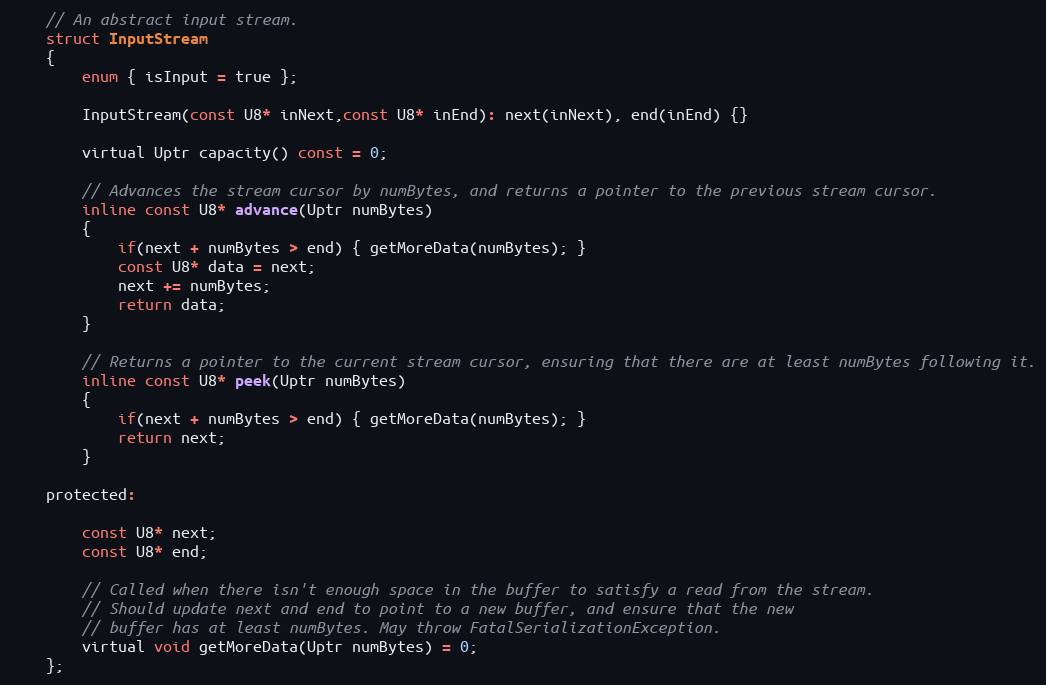
Language: C
	// An abstract input stream.
	struct InputStream
	{
		enum { isInput = true };

		InputStream(const U8* inNext,const U8* inEnd): next(inNext), end(inEnd) {}

		virtual Uptr capacity() const = 0;

		// Advances the stream cursor by numBytes, and returns a pointer to the previous stream cursor.
		inline const U8* advance(Uptr numBytes)
		{
			if(next + numBytes > end) { getMoreData(numBytes); }
			const U8* data = next;
			next += numBytes;
			return data;
		}

		// Returns a pointer to the current stream cursor, ensuring that there are at least numBytes following it.
		inline const U8* peek(Uptr numBytes)
		{
			if(next + numBytes > end) { getMoreData(numBytes); }
			return next;
		}

	protected:

		const U8* next;
		const U8* end;

		// Called when there isn't enough space in the buffer to satisfy a read from the stream.
		// Should update next and end to point to a new buffer, and ensure that the new
		// buffer has at least numBytes. May throw FatalSerializationException.
		virtual void getMoreData(Uptr numBytes) = 0;
	};